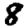
Digit: 8